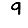
Digit: 9